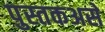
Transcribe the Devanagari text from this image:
पुस्तकअसे